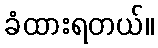
ခံထားရတယ်။